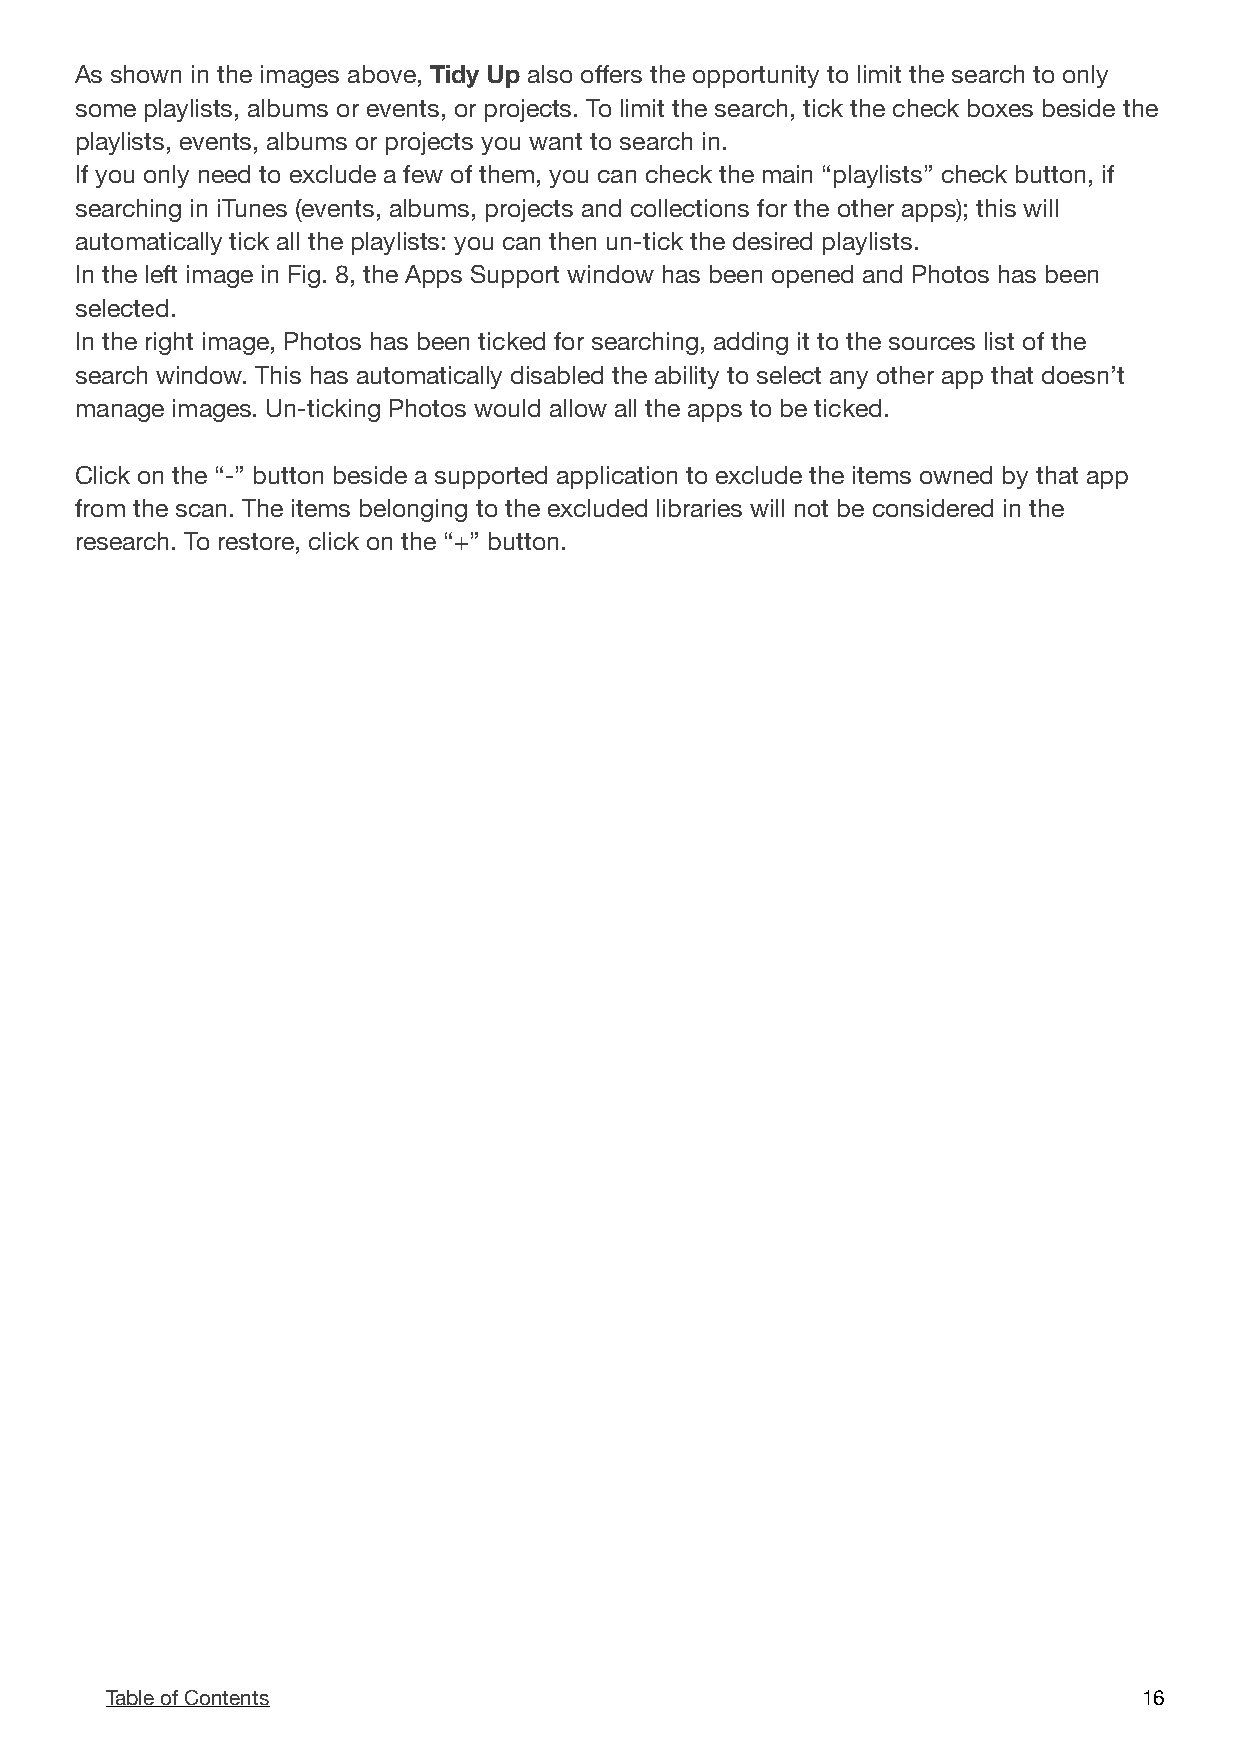
As shown in the images above, Tidy Up also offers the opportunity to limit the search to only
 some playlists, albums or events, or projects. To limit the search, tick the check boxes beside the
 playlists, events, albums or projects you want to search in.
 If you only need to exclude a few of them, you can check the main “playlists” check button, if
 searching in iTunes (events, albums, projects and collections for the other apps); this will
 automatically tick all the playlists: you can then un-tick the desired playlists.
 In the left image in Fig. 8, the Apps Support window has been opened and Photos has been
 selected.
 In the right image, Photos has been ticked for searching, adding it to the sources list of the
 search window. This has automatically disabled the ability to select any other app that doesn’t
 manage images. Un-ticking Photos would allow all the apps to be ticked.
 Click on the “-” button beside a supported application to exclude the items owned by that app
 from the scan. The items belonging to the excluded libraries will not be considered in the
 research. To restore, click on the “+” button.
 Table of Contents                                                    1 6